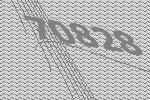
70828